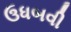
ઉધબવી